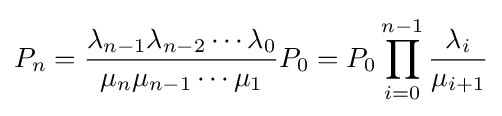
P_{n}={\frac {\lambda _{n-1}\lambda _{n-2}\cdots \lambda _{0}}{\mu _{n}\mu _{n-1}\cdots \mu _{1}}}P_{0}=P_{0}\prod _{i=0}^{n-1}{\frac {\lambda _{i}}{\mu _{i+1}}}